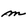
Character: m